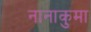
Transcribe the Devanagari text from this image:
नानाकुमा